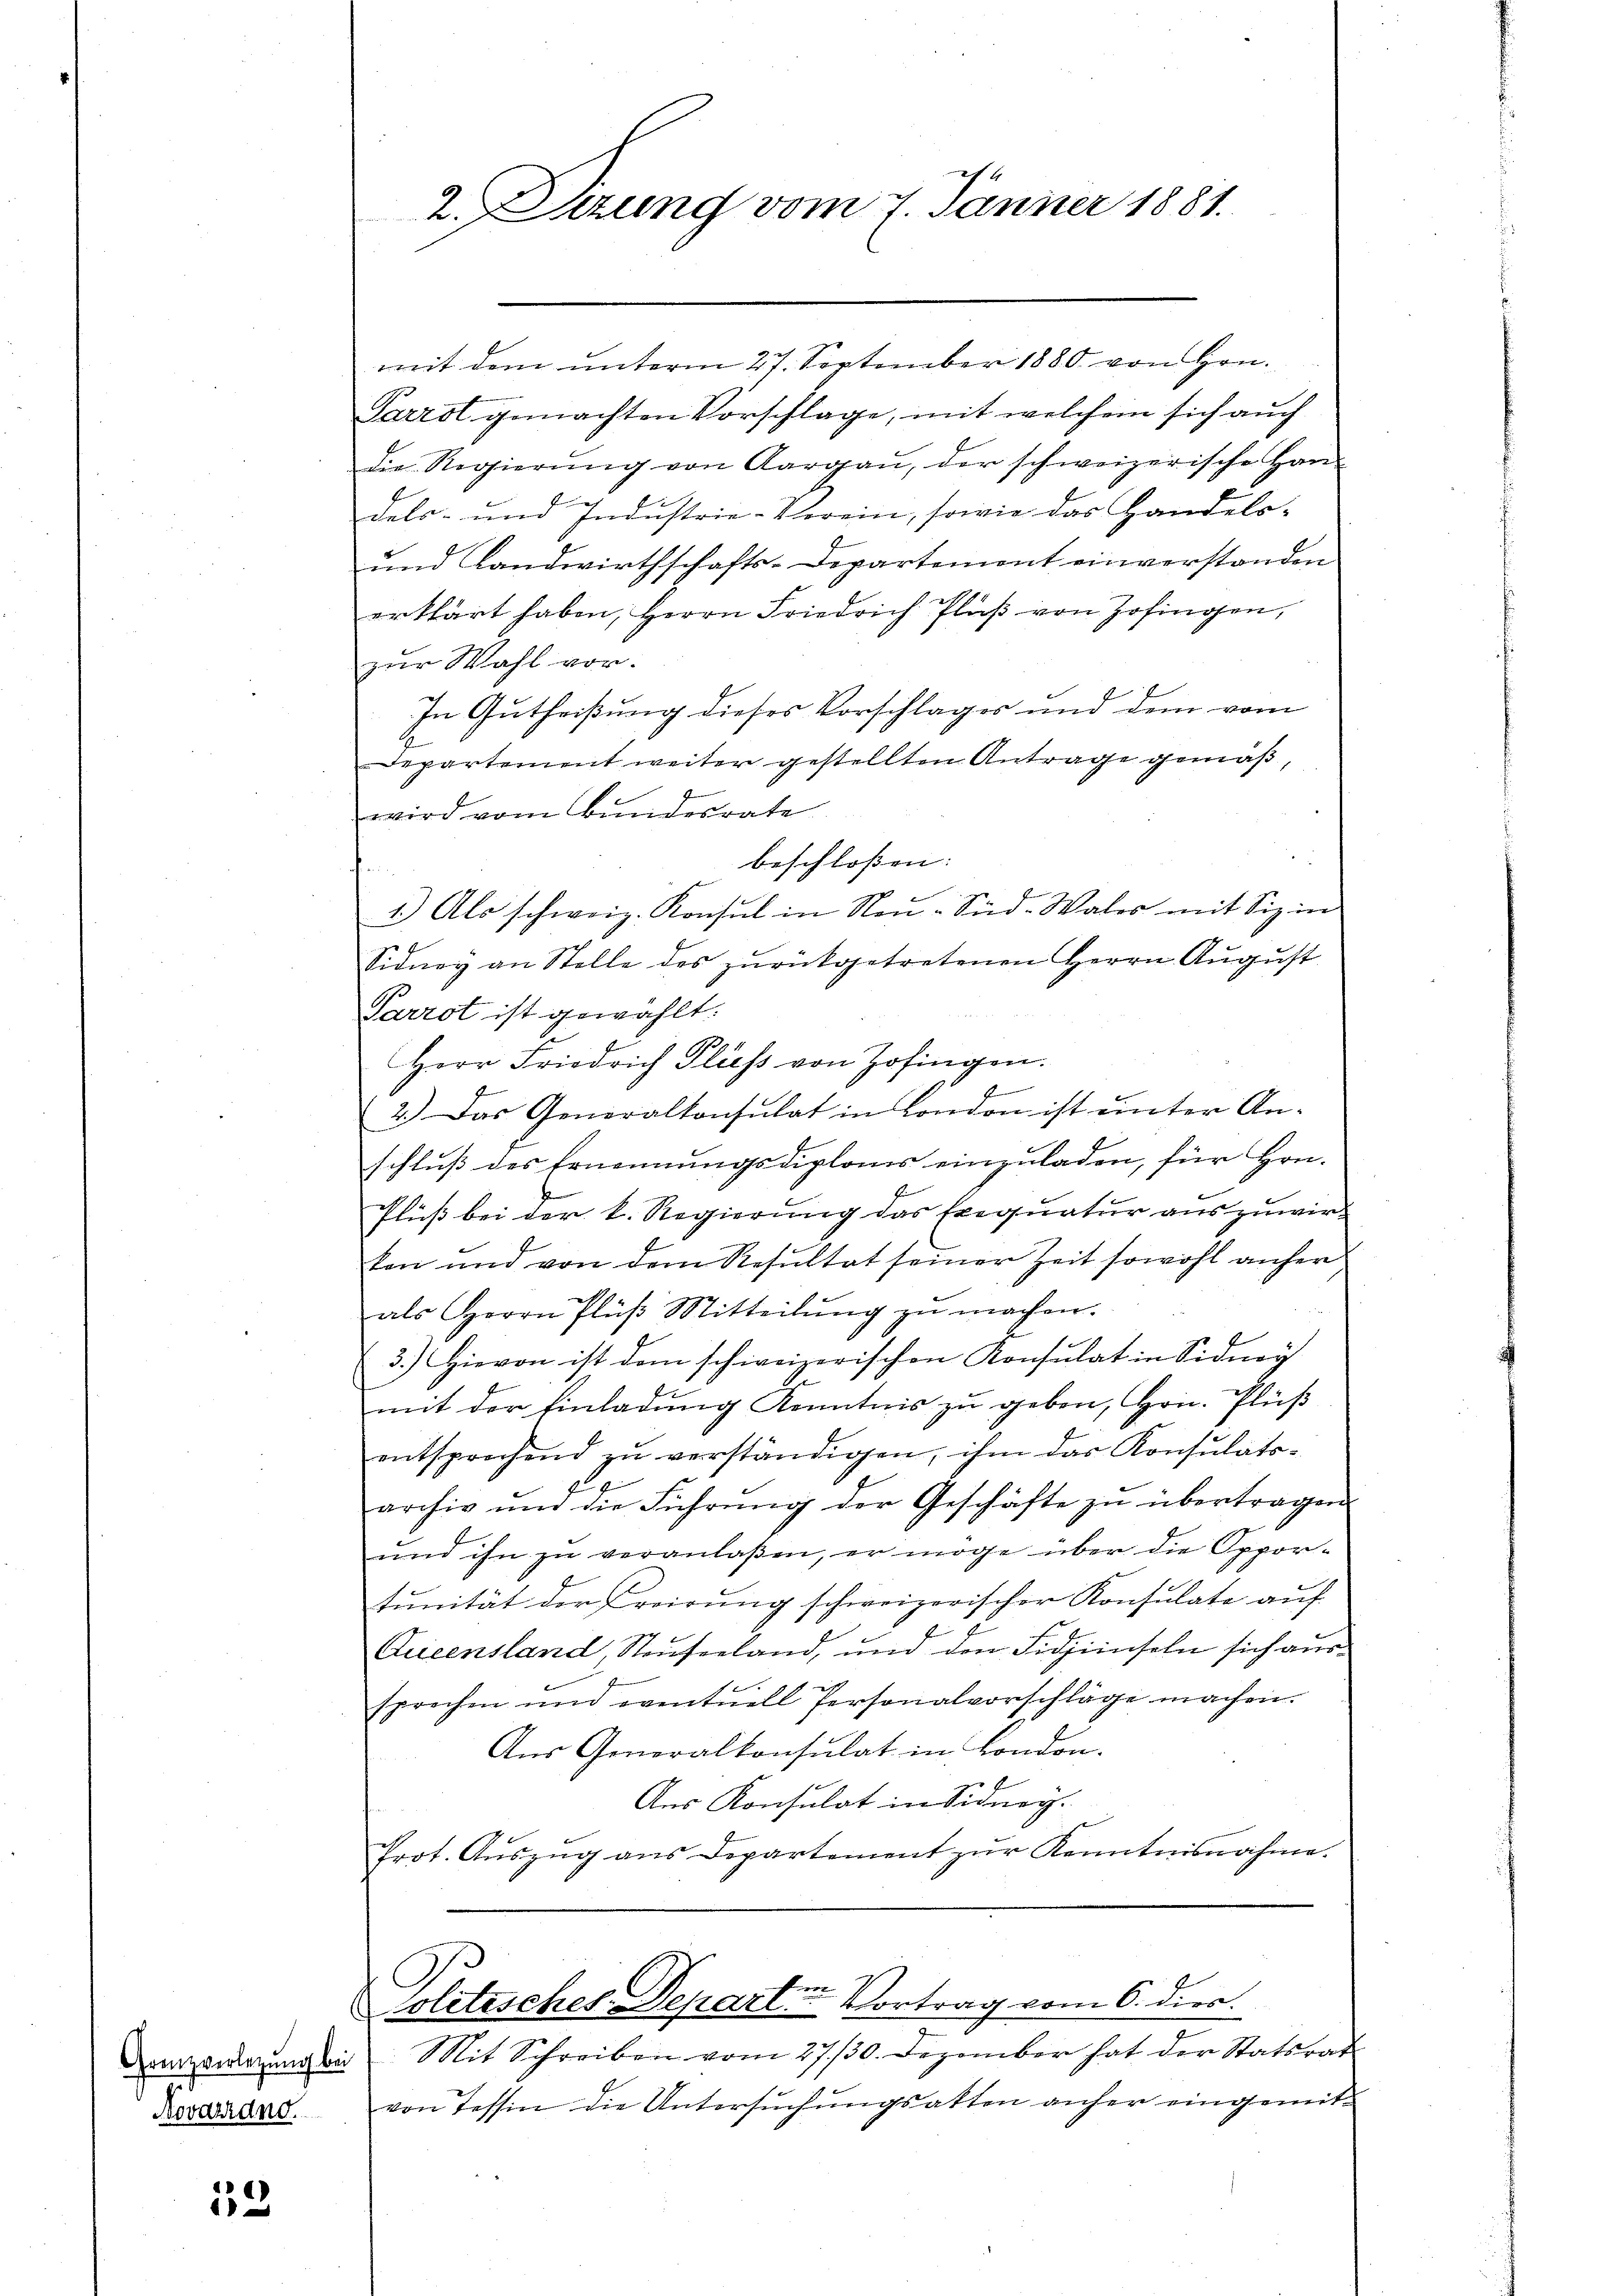
Grenzverlegung bei
Novarrang.

12

mit dem unterm 27. September 1880 von Hrn.
Parrst gemachten Vorschlage, mit welchem sich auch
die Regierŭng von Aargaŭ, der schweizerische Han
dels- und Industrie-Verein, sowie das Handels-
und Landwirthschafts-Departemont einverstanden
erklärt haben, Herrn Friedrich Plaβ von Zofingen,
zur Wahl vor.
In Gutheißung dieses Vorschlages und dem vom
Departement weiter gestellten Antrage gemäß,
wird vom Bundesrate
beschlossen:
1.) Als schweiz. Konsul in Neu-Süd-Wales mit Siz in
Sidney an Stelle des zŭrückgetretenen Herrn August
Parrot ist gewählt.
Herr Friedrich Fluss von Zofingen.
f
2.) Das Generalkonsulat in London ist ŭnter An-
schluß des Ernennungsdiploms einzuladen, für Hrn.
Pluß bei der k. Regierung das Exequatur auszuwirkon und von dem Resultat seiner Zeit sowohl anher
als Herrn Plüβ Mitteilŭng zŭ machen.
3.) Hievon ist dem schweizerischen Konsulat in Sidney
f
mit der Einladung Kenntnis zu geben, Hrn. Fluß
entsprochend zŭ verständigen, ihm das Konsulats-
archiv und die Führŭng der Geschäfte zŭ übertragen.
und ihn zu veranlaßen, er möge über die Opportunität der reirung schweizerischer Konsulate auf
.
Qricensland, Stauferland, und den Fidjenseln sich aus
sprechen und eventuell Personalvorschläge machen.
Aus Generalkonsulat in London.
Aus Konsulat in Sidney.
Prot. Aŭszŭg ans Departement zŭr Kenntnisnahme.

2. Sizung vom 7. Jänner 1881.

Politisches Departin Vortrag vom 6. dies.

Mit Schreiben vom 27./30. Dezember hat der Statsrat
von Tessin die Untersuchungsatten anher eingemit¬